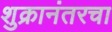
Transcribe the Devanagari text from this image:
शुक्रानंतरचा